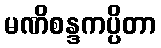
မဏိစန္ဒကပ္ပိတာ